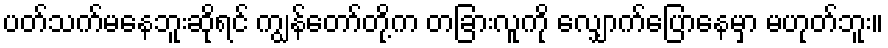
ပတ်သက်မနေဘူးဆိုရင် ကျွန်တော်တို့က တခြားလူကို လျှောက်ပြောနေမှာ မဟုတ်ဘူး။